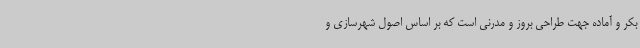
بکر و آماده جهت طراحی بروز و مدرنی است که بر اساس اصول شهرسازی و